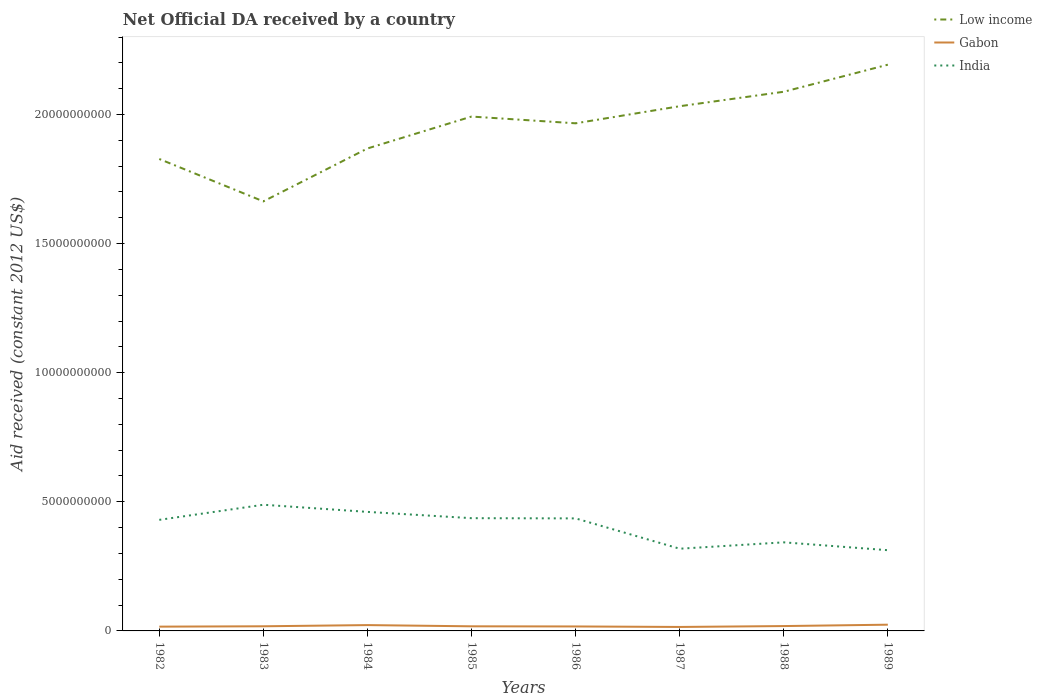
| Years | Low income | Gabon | India |
 | --- | --- | --- | --- |
 | 1982 | 1.83e+10 | 1.66e+08 | 4.3e+09 |
 | 1983 | 1.66e+10 | 1.8e+08 | 4.89e+09 |
 | 1984 | 1.87e+10 | 2.26e+08 | 4.61e+09 |
 | 1985 | 1.99e+10 | 1.79e+08 | 4.37e+09 |
 | 1986 | 1.97e+10 | 1.73e+08 | 4.36e+09 |
 | 1987 | 2.03e+10 | 1.53e+08 | 3.18e+09 |
 | 1988 | 2.09e+10 | 1.88e+08 | 3.43e+09 |
 | 1989 | 2.19e+10 | 2.41e+08 | 3.13e+09 |